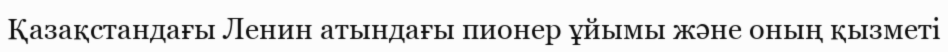
Қазақстандағы Ленин атындағы пионер ұйымы және оның қызметі